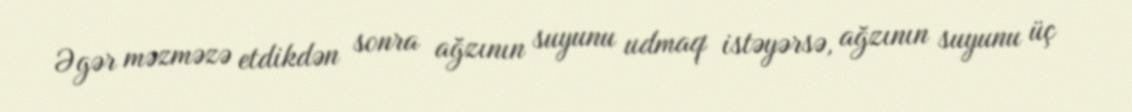
Əgər məzməzə etdikdən sonra ağzının suyunu udmaq istəyərsə, ağzının suyunu üç